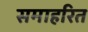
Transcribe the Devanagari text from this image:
समाहरित